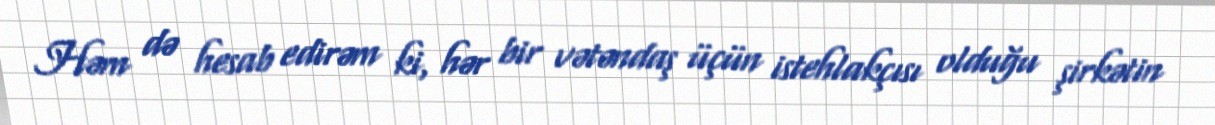
Həm də hesab edirəm ki, hər bir vətəndaş üçün istehlakçısı olduğu şirkətin